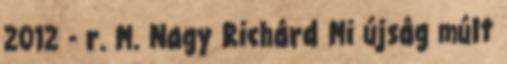
2012 - r. M. Nagy Richárd Mi újság múlt